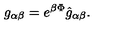
g _ { \alpha \beta } = e ^ { \beta \Phi } \hat { g } _ { \alpha \beta } .